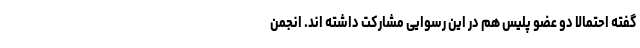
گفته احتمالا دو عضو پلیس هم در این رسوایی مشارکت داشته اند. انجمن